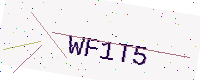
Text: WF1T5